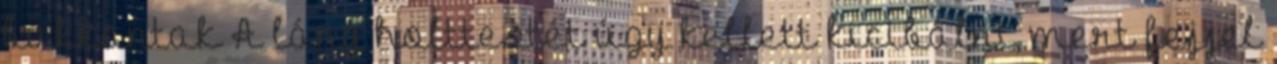
bukkantak A lány holttestét úgy kellett kicibálni, mert fejjel